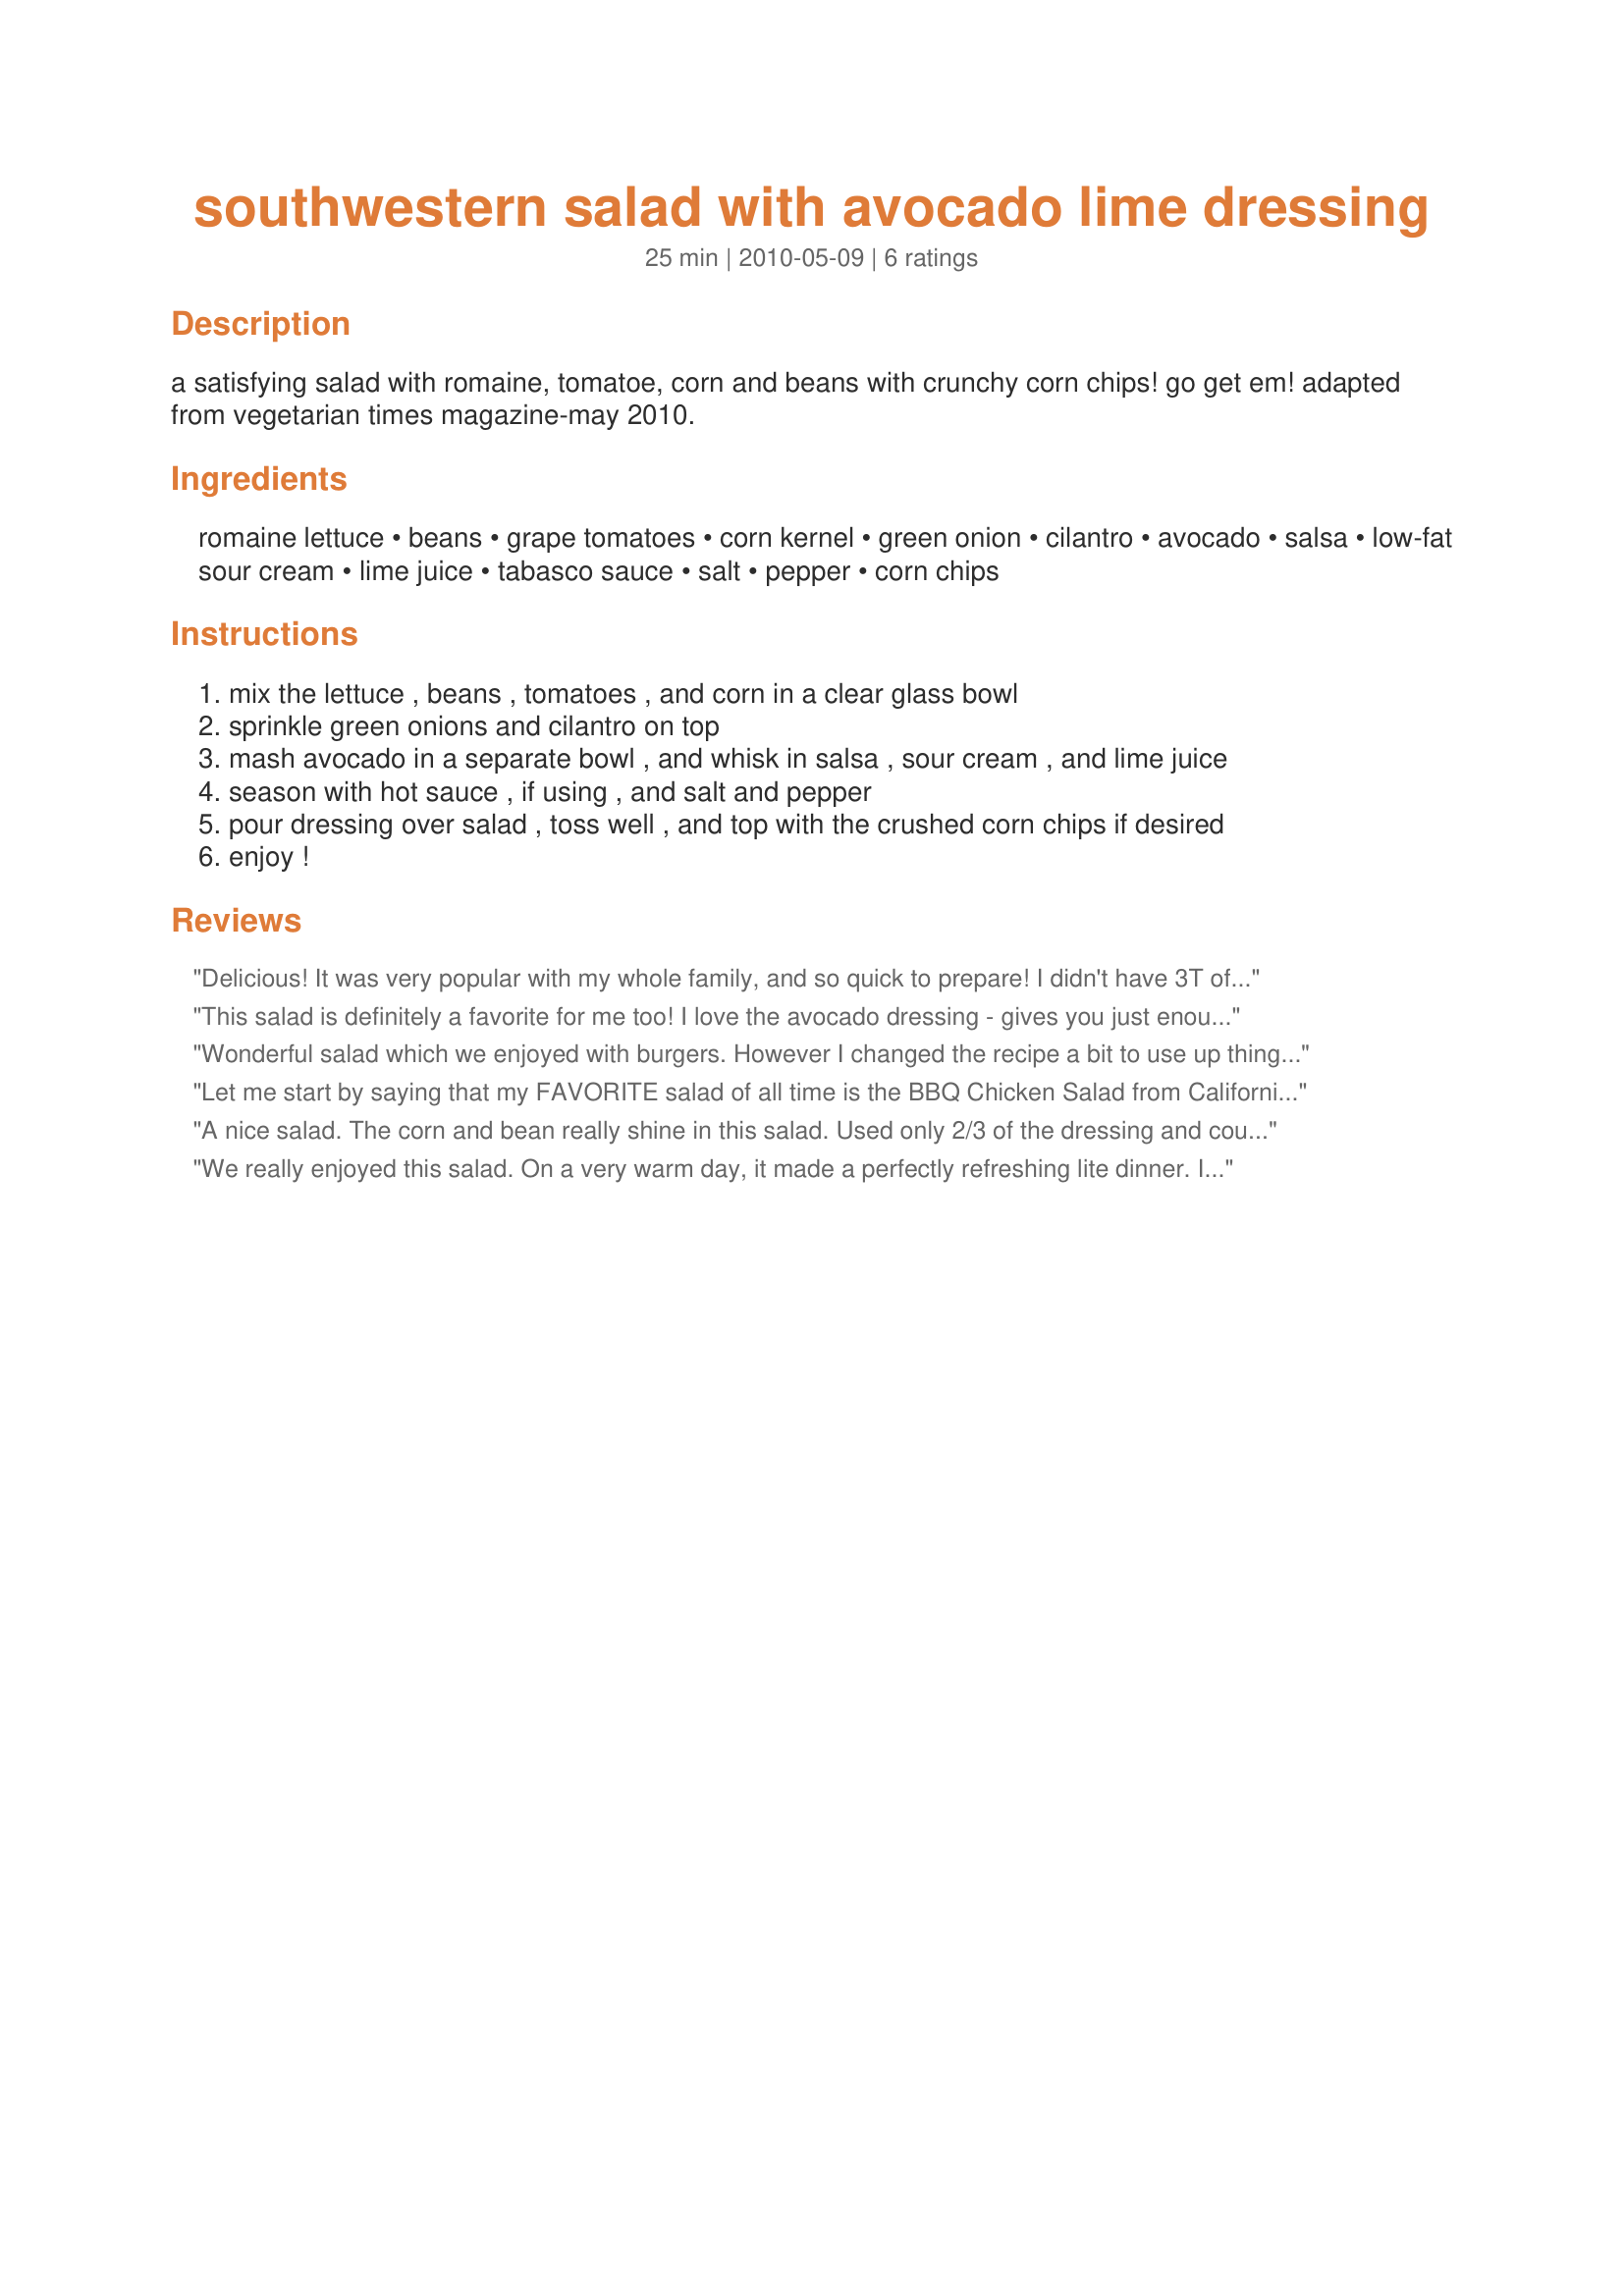
southwestern salad with avocado lime dressing
Preparation time: 25 minutes

a satisfying salad with romaine, tomatoe, corn and beans with crunchy corn chips! go get em! adapted from vegetarian times magazine-may 2010.

Ingredients:
romaine lettuce, beans, grape tomatoes, corn kernel, green onion, cilantro, avocado, salsa, low-fat sour cream, lime juice, tabasco sauce, salt, pepper, corn chips

Steps:
mix the lettuce , beans , tomatoes , and corn in a clear glass bowl
sprinkle green onions and cilantro on top
mash avocado in a separate bowl , and whisk in salsa , sour cream , and lime juice
season with hot sauce , if using , and salt and pepper
pour dressing over salad , toss well , and top with the crushed corn chips if desired
enjoy !

Reviews:
Delicious! It was very popular with my whole family, and so quick to prepare! I didn't have 3T of lime juice, so I used just 2T and it was great. I used a smidge less salsa and sour cream because my avocado was pretty small. I put a dash of onion powder in the dressing because I didn't have any onions. I used Herdez medium salsa and it was perfect. Thanks for a great recipe, it will be part of my regular rotation.
This salad is definitely a favorite for me too! I love the avocado dressing - gives you just enough avocado since they are high in fat (it may be the good kind, but you can still overdo it). I used Pace medium salsa, left out the Tabasco, and used fat free sour cream. I will be making this over and over again. Thanks for the recipe!
Wonderful salad which we enjoyed with burgers. However I changed the recipe a bit to use up things in the fridge - by using half a can of kidney beans and 1/2 can of artichoke hearts (no corn) and skipped the optional ingredients. Delish -- will make a great lunch too!
Let me start by saying that my FAVORITE salad of all time is the BBQ Chicken Salad from California Pizza Kitchen (sub avocado for the chicken and it's a fabulous vegetarian salad). That being said, this recipe is very similar yet much healthier since it doesn't have the fattening ranch dressing all over it. After reading the other's reviews, I made sure that my dressing was good and seasoned with extra cumin, seasoning salt and garlic powder and took it easy on the lime. Even with the changes to the dressing, I felt like the dressing was just OK when atop the salad. SO, I drizzled a little BBQ sauce on top and WOW - PERFECTION!!!! Thanks for posting, Sharon!!!
A nice salad. The corn and bean really shine in this salad. Used only 2/3 of the dressing and could have got by with 1/2. Was also a little disappointed in the flavor of the dressing as the lime juice salsa seamed over power the avocado. Made as written, would in the future cut the lime juice and salsa. Corn chips were not listed in the ingredients so did not have any to use as garnish as stated in the bottom of the directions. But yes over all a nice satisfying salad. Thanks so much for the post.
We really enjoyed this salad. On a very warm day, it made a perfectly refreshing lite dinner. I used kidney beans and green leaf lettuce, as that's what I had on hand, and skipped the tabasco sauce. Instead of mashing the avocado by hand, I made the dressing in the food processor, which was much quicker, and gave me a very smooth dressing. The taste and texture were both wonderful; rich and creamy from the avocado, a bit tangy from the lime juice, and a small bit of heat from the salsa. My only issue is that there was way too much dressing for the amount of salad- next time I'll cut it in half. Also, as written, we got 4 entree sized servings- not 8 as stated.
